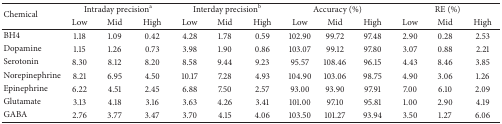
<table><thead><tr><td rowspan="2"><b>Chemical</b></td><td colspan="3"><b>Intraday precision<sup>a</sup></b></td><td colspan="3"><b>Interday precision<sup>b</sup></b></td><td colspan="3"><b>Accuracy (%)</b></td><td colspan="3"><b>RE (%)</b></td></tr><tr><td><b>Low</b></td><td><b>Mid</b></td><td><b>High</b></td><td><b>Low</b></td><td><b>Mid</b></td><td><b>High</b></td><td><b>Low</b></td><td><b>Mid</b></td><td><b>High</b></td><td><b>Low</b></td><td><b>Mid</b></td><td><b>High</b></td></tr></thead><tbody><tr><td>BH4</td><td>1.18</td><td>1.09</td><td>0.42</td><td>4.28</td><td>1.78</td><td>0.59</td><td>102.90</td><td>99.72</td><td>97.48</td><td>2.90</td><td>0.28</td><td>2.53</td></tr><tr><td>Dopamine</td><td>1.15</td><td>1.26</td><td>0.73</td><td>3.98</td><td>1.90</td><td>0.86</td><td>103.07</td><td>99.12</td><td>97.80</td><td>3.07</td><td>0.88</td><td>2.21</td></tr><tr><td>Serotonin</td><td>8.30</td><td>8.12</td><td>8.20</td><td>8.58</td><td>9.44</td><td>9.23</td><td>95.57</td><td>108.46</td><td>96.15</td><td>4.43</td><td>8.46</td><td>3.85</td></tr><tr><td>Norepinephrine</td><td>8.21</td><td>6.95</td><td>4.50</td><td>10.17</td><td>7.28</td><td>4.93</td><td>104.90</td><td>103.06</td><td>98.75</td><td>4.90</td><td>3.06</td><td>1.26</td></tr><tr><td>Epinephrine</td><td>6.22</td><td>4.51</td><td>2.45</td><td>6.88</td><td>7.50</td><td>2.57</td><td>93.00</td><td>93.90</td><td>97.91</td><td>7.00</td><td>6.10</td><td>2.09</td></tr><tr><td>Glutamate</td><td>3.13</td><td>4.18</td><td>3.16</td><td>3.63</td><td>4.26</td><td>3.41</td><td>101.00</td><td>97.10</td><td>95.81</td><td>1.00</td><td>2.90</td><td>4.19</td></tr><tr><td>GABA</td><td>2.76</td><td>3.77</td><td>3.47</td><td>3.70</td><td>4.15</td><td>4.06</td><td>103.50</td><td>101.27</td><td>93.94</td><td>3.50</td><td>1.27</td><td>6.06</td></tr></tbody></table>